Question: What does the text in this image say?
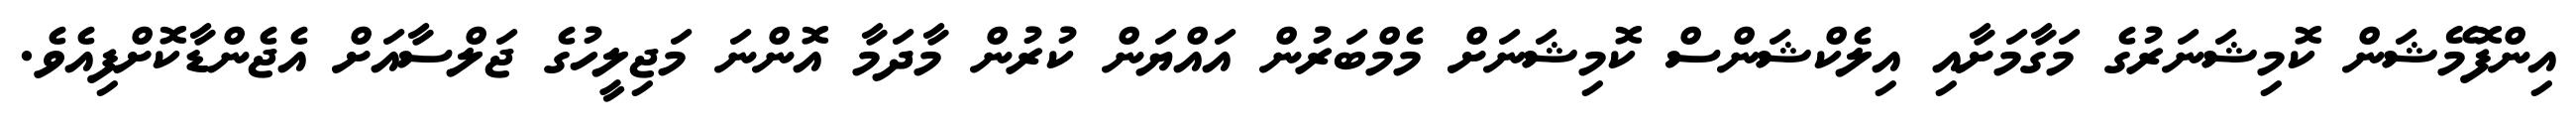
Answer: އިންފޮމޭޝަން ކޮމިޝަނަރުގެ މަގާމަށާއި އިލެކްޝަންސް ކޮމިޝަނަށް މެމްބަރުން އައްޔަން ކުރުން މާދަމާ އޮންނަ މަޖިލީހުގެ ޖަލްސާއަށް އެޖެންޑާކޮށްފިއެވެ.